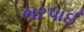
ભરપાઈ